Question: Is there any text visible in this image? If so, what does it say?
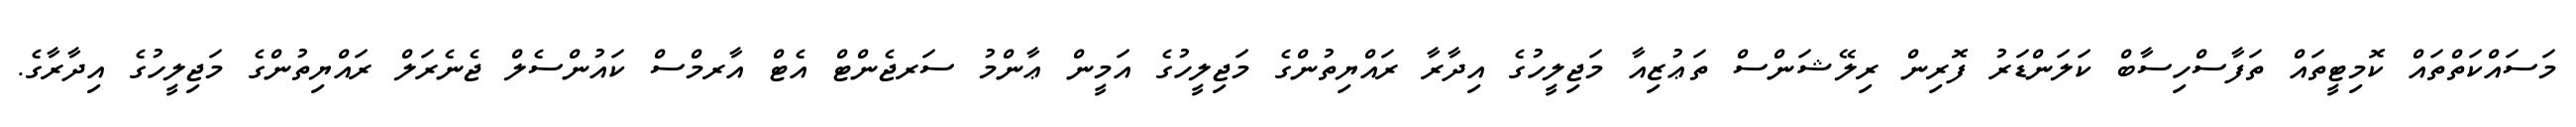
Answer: މަސައްކަތްތައް ކޮމިޓީތައް ތަފާސްހިސާބް ކަލަންޑަރު ފޮރިން ރިލޭޝަންސް ތަޢުޒިއާ މަޖިލީހުގެ އިދާރާ ރައްޔިތުންގެ މަޖިލީހުގެ އަމީން ޢާންމު ސަރޖެންޓް އެޓް އާރމްސް ކައުންސެލް ޖެނެރަލް ރައްޔިތުންގެ މަޖިލީހުގެ އިދާރާގެ.